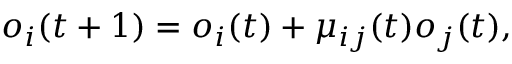
o _ { i } ( t + 1 ) = o _ { i } ( t ) + \mu _ { i j } ( t ) o _ { j } ( t ) ,